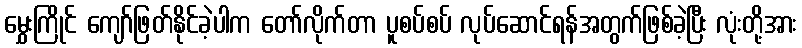
မွှေးကြိုင် ကျော်ဖြတ်နိုင်ခဲ့ပါက တော်လိုက်တာ ပူစပ်စပ် လုပ်ဆောင်ရန်အတွက်ဖြစ်ခဲ့ပြီး လုံးတို့အား